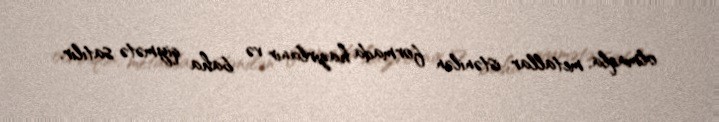
olmaqla, metallar istənilən formada hazırlanır və baha qiymətə satılır.